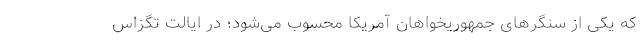
که یکی از سنگرهای جمهوریخواهان آمریکا محسوب می‌شود؛ در ایالت تگزاس